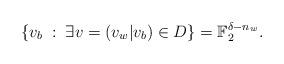
LaTeX: \begin{align*}\{v_b \;:\;\exists v=(v_w|v_b)\in D\}=\mathbb{F}_2^{\delta-n_w} .\end{align*}